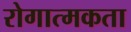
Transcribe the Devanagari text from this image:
रोगात्मकता